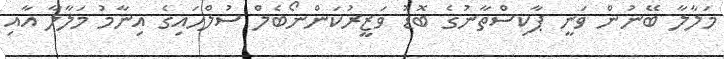
މަލާލާ ބޭނުން ވަނީ ޕާކިސްތާނުގެ ބޮޑު ވަޒީރުކަންނޯބެލް ސުލްހައިގެ އިނާމު މަލާލާ އާއި